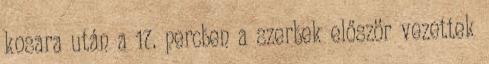
kosara után a 17. percben a szerbek először vezettek